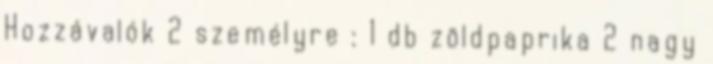
Hozzávalók 2 személyre : 1 db zöldpaprika 2 nagy